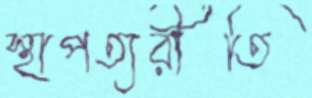
স্থাপত্যরীতি